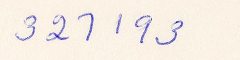
321193